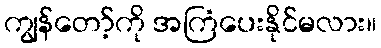
ကျွန်တော့်ကို အကြံပေးနိုင်မလား။